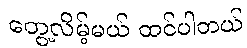
တွေ့လိမ့်မယ် ထင်ပါတယ်